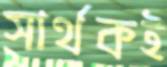
সার্থকই